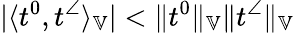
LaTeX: |\langle t^{0},t^{\angle}\rangle_{\mathbb{V}}|<\| t^{0}\| _{\mathbb{V}}\| t^{\angle}\| _{\mathbb{V}}